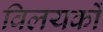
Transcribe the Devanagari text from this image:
विलयकों